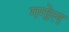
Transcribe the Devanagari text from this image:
गगोल